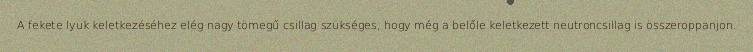
A fekete lyuk keletkezéséhez elég nagy tömegű csillag szükséges, hogy még a belőle keletkezett neutroncsillag is összeroppanjon.